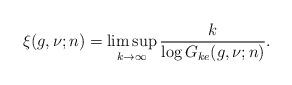
LaTeX: \begin{align*}\xi (g,\nu; n) = \limsup_{k \to \infty} \frac{k}{\log G_{ke}(g, \nu; n)}.\end{align*}